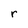
Character: r